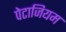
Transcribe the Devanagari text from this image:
पेटाजियम